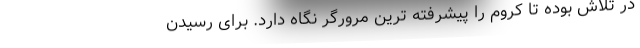
در تلاش بوده تا کروم را پیشرفته ترین مرورگر نگاه دارد. برای رسیدن